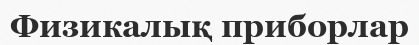
Физикалық приборлар